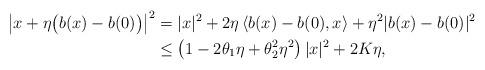
LaTeX: \begin{align*} \big|x+\eta\big(b(x)-b(0)\big)\big|^{2} &= |x|^{2}+2\eta \left\langle b(x)-b(0),x\right\rangle + \eta^{2}|b(x)-b(0)|^{2}\\ &\leq \left(1-2\theta_{1}\eta+\theta_{2}^{2}\eta^{2}\right) |x|^{2}+ 2 K\eta,\end{align*}